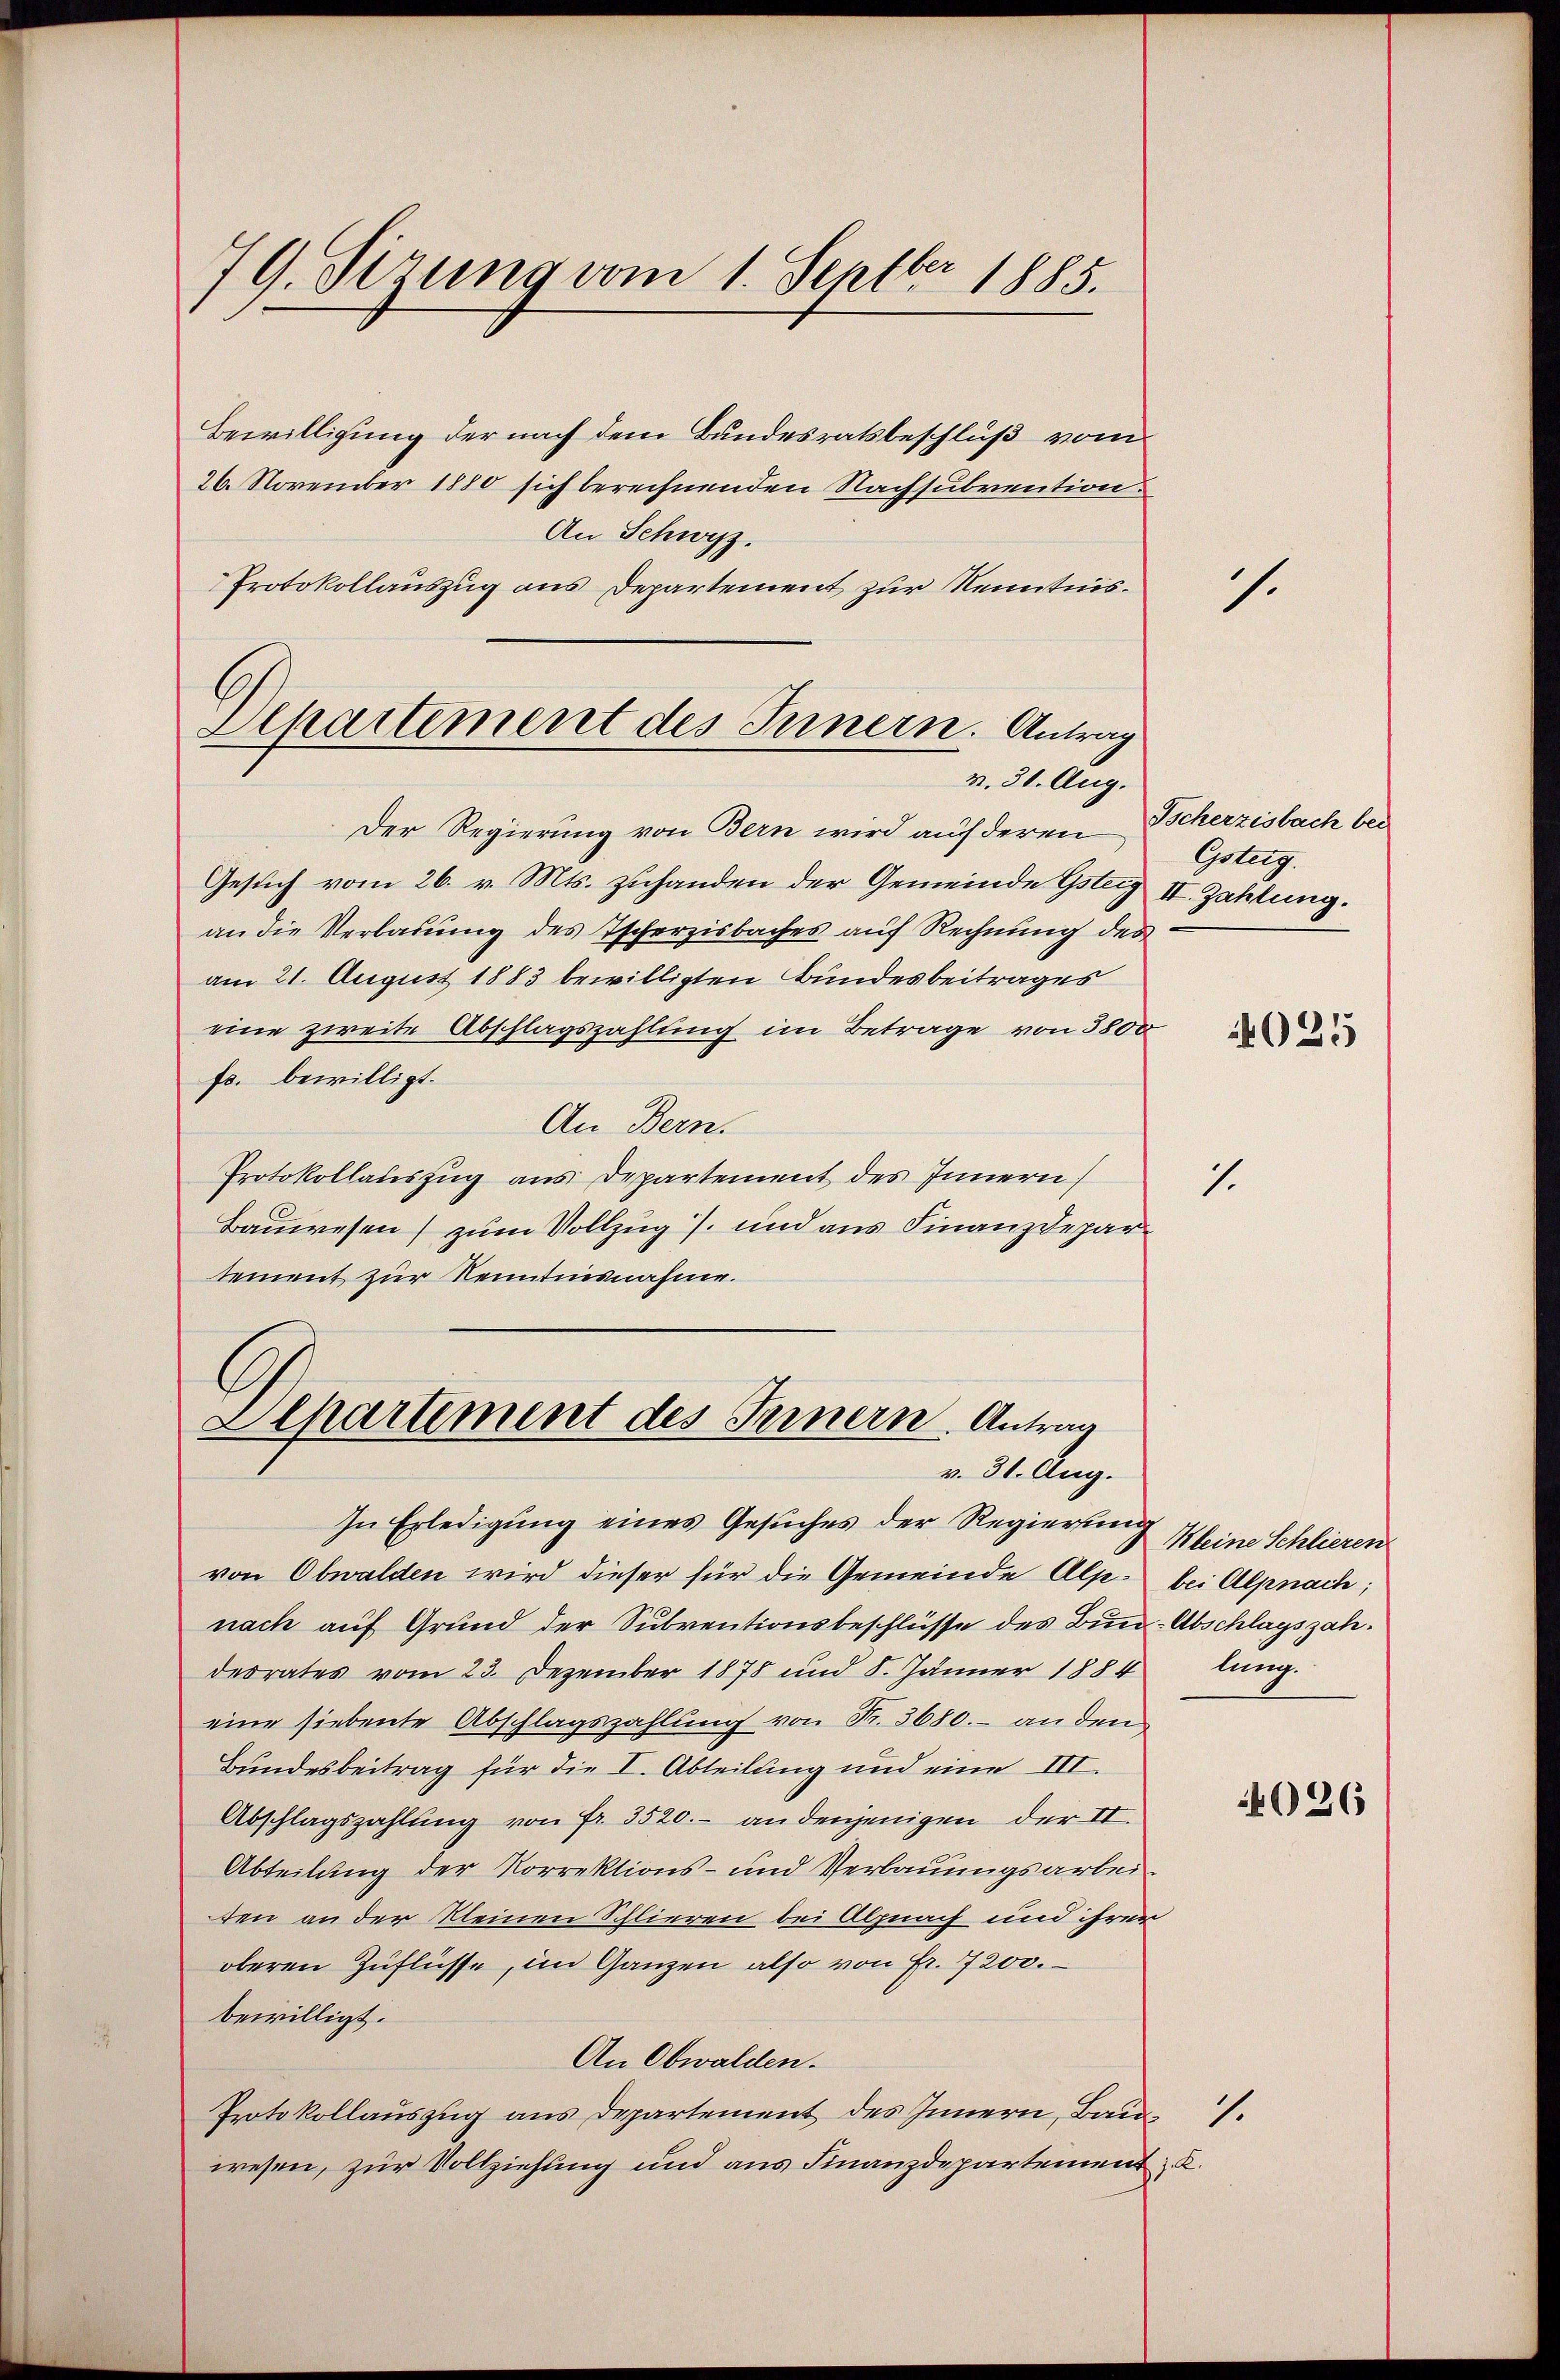
79. Sizung vom 1. Septbr. 1885.

Bewilligung der nach dem Bundesratsbeschluß vom
26. November 1880 sich berechnenden Nachsubvention.
An Schweiz.
Protokollauszug aus Departement zur Kenntnis¬

Apartement des Innern. Antrag
v. 30. Aug.

Der Regierung von Bern wird auf deren
Gesuch vom 26. v. Mts. zuhanden der Gemeinde Gsteiz II. Zahlung.
an die Verladung des Tscherzisbaches auf Rechnung des
am 21. August 1883 bewilligten Bundesbeitrages
eine zweite Abschlagszahlung im Betrage von 3800
fr. bewilligt.
An Bern.
Protokollauszug aus Departement des Innern
Bauwesen) zum Vollzug) und aus Finanzdepartement zur Kenntnisnahme.

Departement des Fernern. Antrag
v. 31. Aug.

In Erledigung eines Gesuches der Regierung
von Obwalden wird dieser für die Gemeinde Alp. bei Alpnach;
nach auf Grund der Subventionsbeschlüsse des Bun-Abschlagszahderrates vom 23. Dezember 1878 und 8. Jänner 1884
eine siebente Abschlagszahlung von Nr. 3680. - an den
Bundesbeitrag für die I. Abteilung und eine III.
Abschlagszahlung von Fr. 3520.- an denjenigen der II.
Abteilung der Korrektions- und Verbauungsarbeiten an der kleinen Schlieren bei Alpnach und ihrer
oberen Zuflüsse, im Ganzen also von Fr. 7200.
bewilligt.
An Obwalden.
Protokollauszug aus Departement des Innern, Bau
wesen, zur Vollziehung und aus Finanzdepartement u.

1

Tscherzisbach bei
Gsteig.

1.

4025

Kleine Schlieren
lung.

026